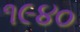
૧૯૪૦